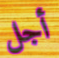
أجل